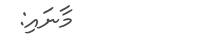
މާނައި: